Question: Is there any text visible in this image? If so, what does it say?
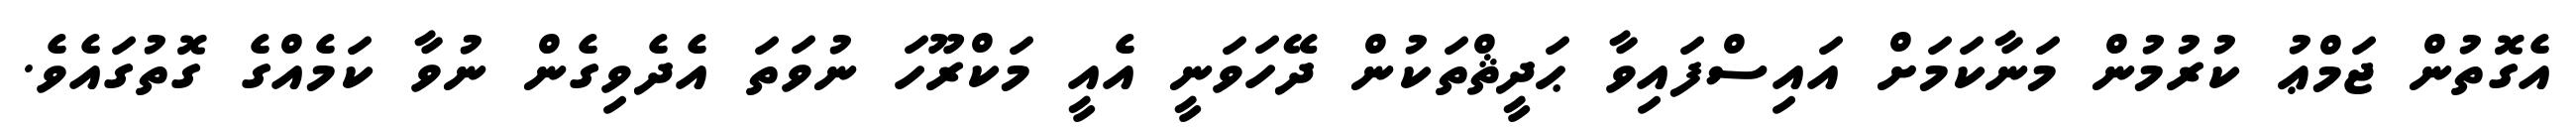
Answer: އެގޮތުން ޖަމްޢު ކުރުމުން މަނާކަމަށް އައިސްފައިވާ ޙަދީޘްތަކުން ދޭހަވަނީ އެއީ މަކްރޫހަ ނުވަތަ އެދެވިގެން ނުވާ ކަމެއްގެ ގޮތުގައެވެ.